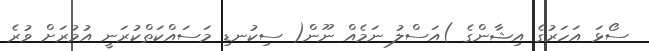
ސޯޅަ އަހަރުގެ އިޝާންގެ )އަސްލު ނަމެއް ނޫން( ސިކުނޑި މަސައްކަތްކުރަނީ އުމުރަށް ވުރެ